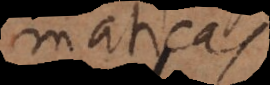
maticas